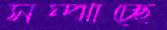
সম্‌ঝাচ্ছে